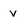
Character: v